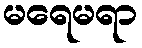
မရေမရာ